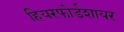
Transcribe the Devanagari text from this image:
हियरफोर्डशायर